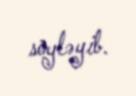
söyləyib.